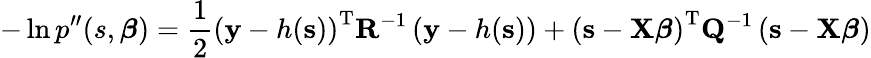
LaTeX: -\ln{p^{\prime\prime}(s,\boldsymbol{\beta})}=\frac{1}{2}\left(\mathbf{y}-h(\mathbf{s})\right)^{\mathrm{T}}\mathbf{R}^{-1}\left(\mathbf{y}-h(\mathbf{s})\right)+\left(\mathbf{s}-\mathbf{X}\boldsymbol{\beta}\right)^{\mathrm{T}}\mathbf{Q}^{-1}\left(\mathbf{s}-\mathbf{X}\boldsymbol{\beta}\right)